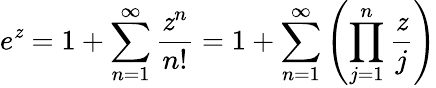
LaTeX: e^{\mathit{z}}=1+\sum_{n=1}^{\infty}{\frac{{\mathit{z}^{n}}}{{n!}}}=1+\sum_{n=1}^{\infty}\left(\prod_{j=1}^{n}{\frac{{\mathit{z}}}{{j}}}\right)